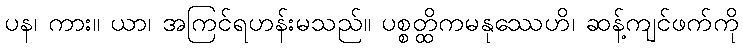
ပန၊ ကား။ ယာ၊ အကြင်ရဟန်းမသည်။ ပစ္စတ္ထိကမနုဿေဟိ၊ ဆန့်ကျင်ဖက်ကို